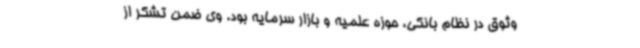
وثوق در نظام بانکی، حوزه علمیه و بازار سرمایه بود. وی ضمن تشکر از